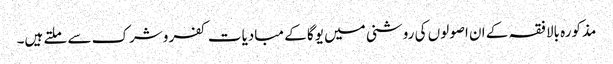
مذکورہ بالا فقہ کے ان اصولوں کی روشنی میں یوگا کے مبادیات کفر وشرک سے ملتے ہیں۔